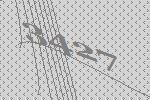
3427